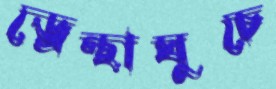
ড্রেন্থাঘুচে